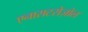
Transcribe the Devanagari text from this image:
एनासटरोज़ोल